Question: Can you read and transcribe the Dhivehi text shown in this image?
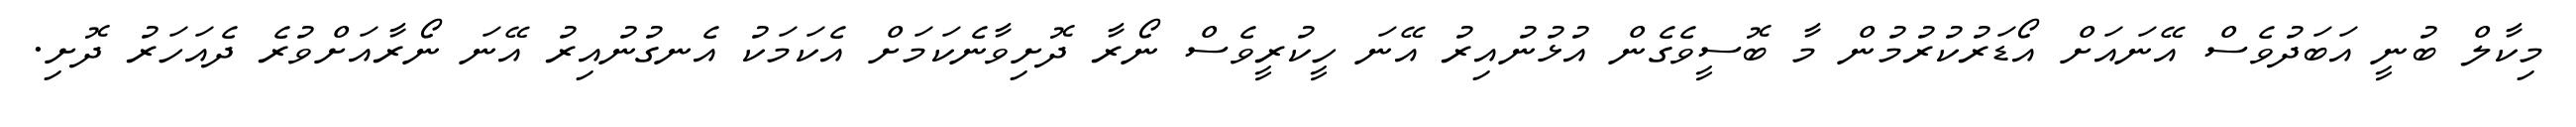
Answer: މިކާލް ބުނީ އަބަދުވެސް އޭނައަށް އޯޑަރުކުރުމުން މާ ބޮސީވެގެން އުޅުނުއިރު އޭނަ ހީކުރީވެސް ނޯރާ ދޮށިވާނެކަމަށް އެކަމަކު އެނގުނުއިރު އޭނަ ނޯރާއަށްވުރެ ދެއަހަރު ދޮށި.